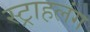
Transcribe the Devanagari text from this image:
स्‍ट्राहलंग